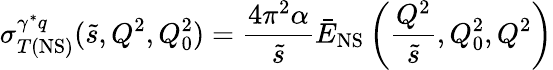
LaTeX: \sigma_{T(\mathrm{NS})}^{\gamma^{*}q}(\tilde{s},Q^{2},Q_{0}^{2})=\frac{4\pi^{2}\alpha}{\tilde{s}}\bar{E}_{\mathrm{NS}}\left(\frac{Q^{2}}{\tilde{s}},Q_{0}^{2},Q^{2}\right)